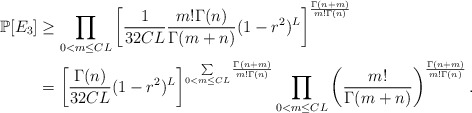
\begin{align*}\mathbb P[E_3] &\geq \prod_{0<m\leq CL}\left[\frac{1}{32CL}\frac{m!\Gamma(n)}{\Gamma(m+n)}(1-r^2)^{L}\right]^{\frac{\Gamma(n+m)}{m!\Gamma(n)}}\\& =\left[\frac{\Gamma(n)}{32CL}(1-r^2)^{L}\right]^{\sum\limits_{0<m\leq CL}\frac{\Gamma(n+m)}{m!\Gamma(n)}}\prod_{0<m\leq CL}\left(\frac{m!}{\Gamma(m+n)}\right)^{\frac{\Gamma(n+m)}{m!\Gamma(n)}}.\end{align*}